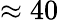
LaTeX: \approx 40